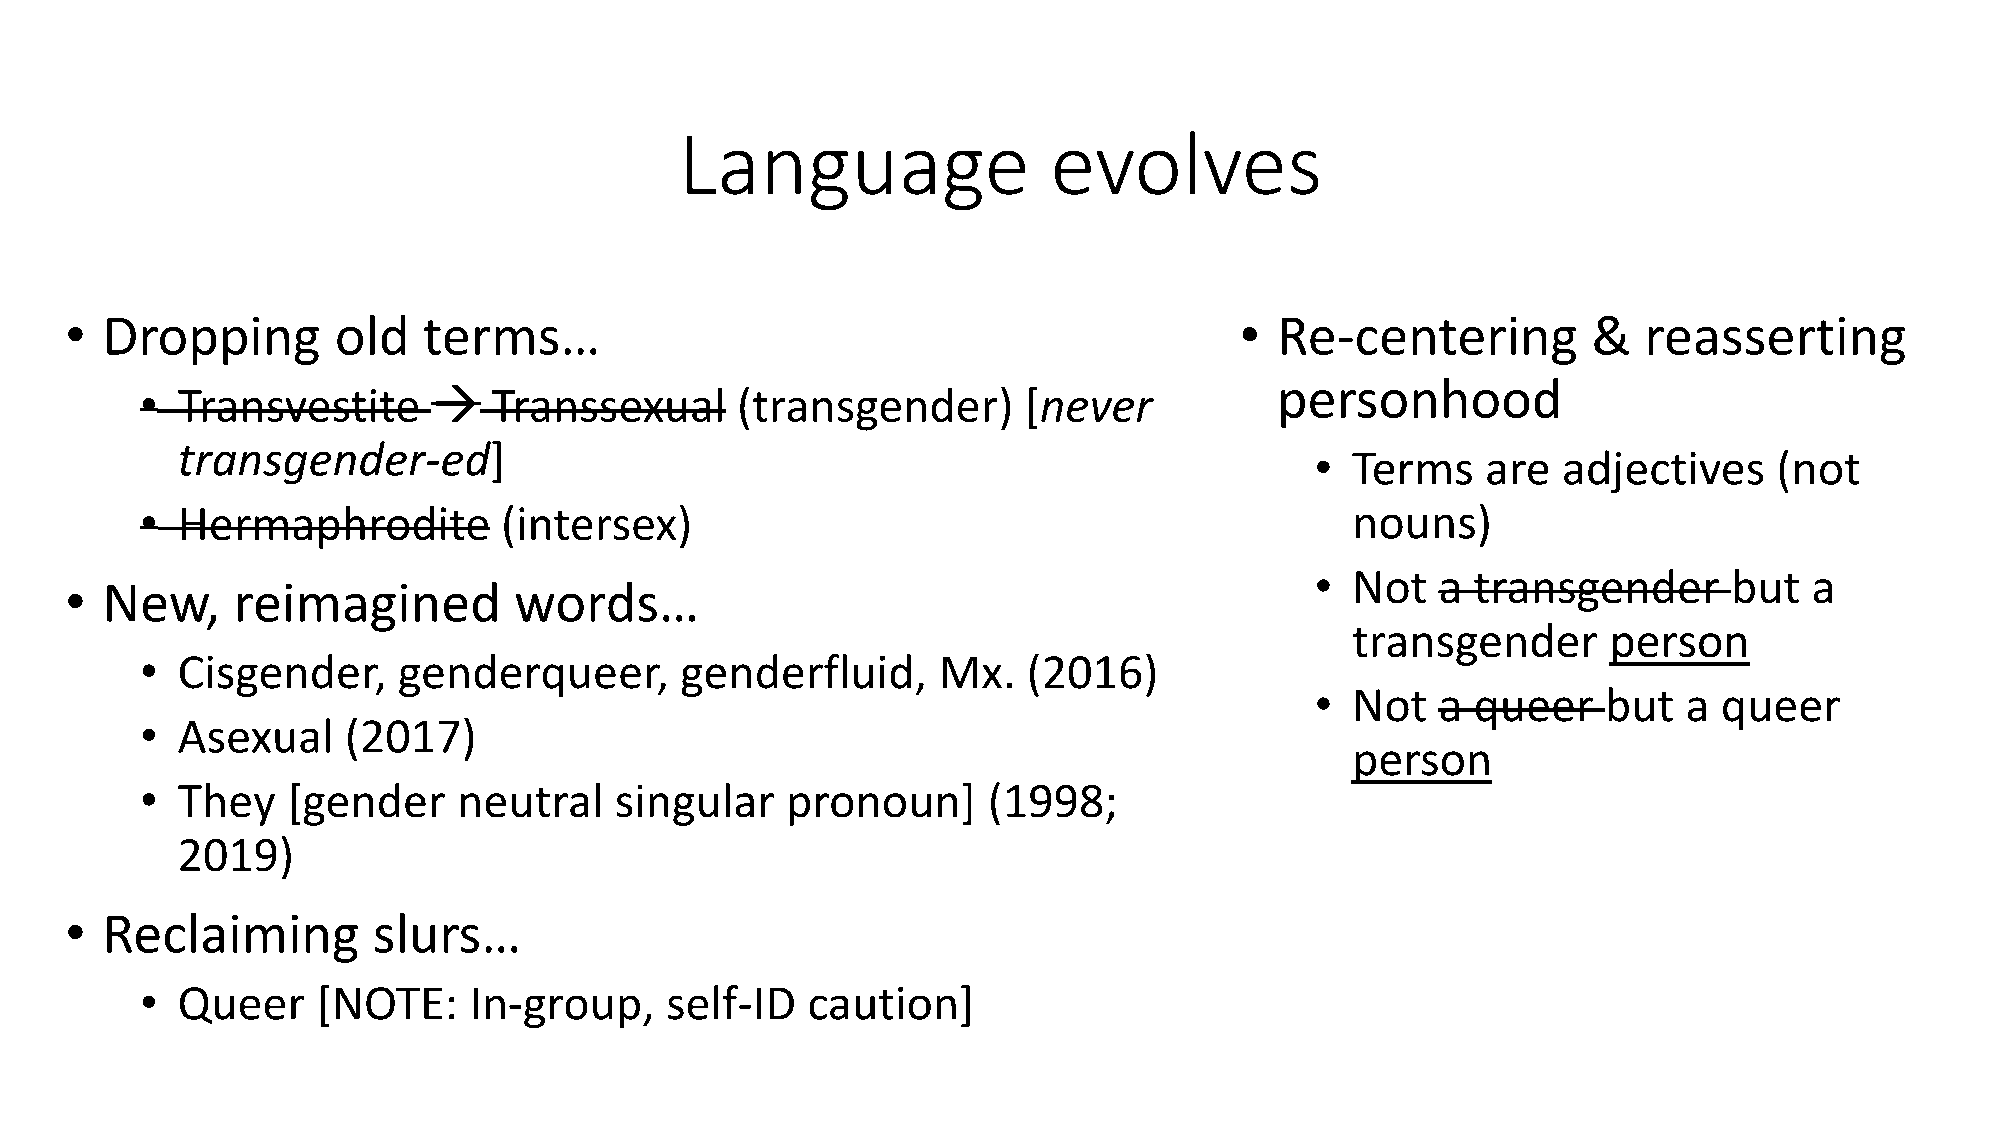
Language                evolves
 •  Dropping       old   terms…                                                •  Re-centering        &   reasserting
 personhood
 •  Transvestite     →   Transsexual     (transgender)      [never
 transgender-ed]
 • Terms    are  adjectives     (not
 •  Hermaphrodite        (intersex)                                              nouns)
 • Not   a  transgender      but  a
 •  New,    reimagined         words…
 transgender       person
 •  Cisgender,    genderqueer,       genderfluid,     Mx.   (2016)
 • Not   a  queer   but   a queer
 •  Asexual    (2017)
 person
 •  They   [gender    neutral    singular   pronoun]     (1998;
 2019)
 •  Reclaiming        slurs…
 •  Queer    [NOTE:    In-group,    self-ID  caution]